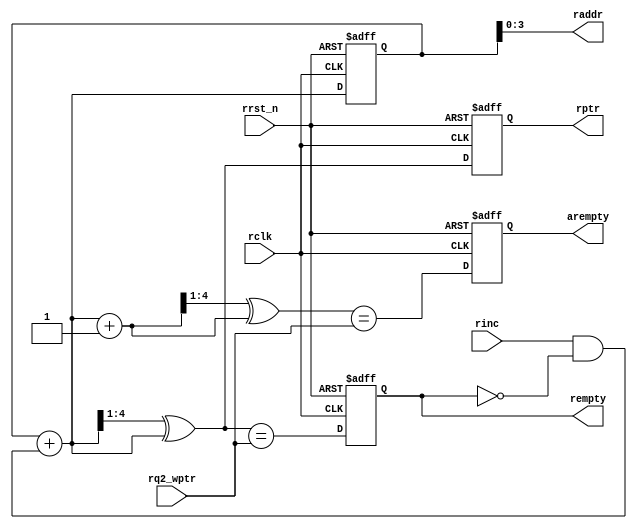
//-----------------------------------------------------------------------------
// Copyright 2017 Damien Pretet ThotIP
// 
// Licensed under the Apache License, Version 2.0 (the "License");
// you may not use this file except in compliance with the License.
// You may obtain a copy of the License at
// 
//     http://www.apache.org/licenses/LICENSE-2.0
// 
// Unless required by applicable law or agreed to in writing, software
// distributed under the License is distributed on an "AS IS" BASIS,
// WITHOUT WARRANTIES OR CONDITIONS OF ANY KIND, either express or implied.
// See the License for the specific language governing permissions and
// limitations under the License.
//-----------------------------------------------------------------------------  

`timescale 1 ns / 1 ps
`default_nettype none

module rptr_empty 
    
    #(
    parameter ADDRSIZE = 4
    )(
    input  wire                rclk,
    input  wire                rrst_n,
    input  wire                rinc,
    input  wire [ADDRSIZE  :0] rq2_wptr,
    output reg                 rempty,
    output reg                 arempty,
    output wire [ADDRSIZE-1:0] raddr,
    output reg  [ADDRSIZE  :0] rptr
    );
    
    reg  [ADDRSIZE:0] rbin;
    wire [ADDRSIZE:0] rgraynext, rbinnext, rgraynextm1;
    wire              arempty_val, rempty_val;

    //-------------------
    // GRAYSTYLE2 pointer
    //-------------------
    always @(posedge rclk or negedge rrst_n) begin

        if (!rrst_n) 
            {rbin, rptr} <= 0;
        else         
            {rbin, rptr} <= {rbinnext, rgraynext};

    end
    
    // Memory read-address pointer (okay to use binary to address memory)
    assign raddr     = rbin[ADDRSIZE-1:0];
    assign rbinnext  = rbin + (rinc & ~rempty);
    assign rgraynext = (rbinnext >> 1) ^ rbinnext;
    assign rgraynextm1 = ((rbinnext + 1'b1) >> 1) ^ (rbinnext + 1'b1);
    
    //--------------------------------------------------------------- 
    // FIFO empty when the next rptr == synchronized wptr or on reset 
    //--------------------------------------------------------------- 
    assign rempty_val = (rgraynext == rq2_wptr);
    assign arempty_val = (rgraynextm1 == rq2_wptr);
    
    always @ (posedge rclk or negedge rrst_n) begin

        if (!rrst_n) begin
            arempty <= 1'b0;
            rempty <= 1'b1;
        end
        else begin
            arempty <= arempty_val;
            rempty <= rempty_val;
        end

    end

endmodule

`resetall